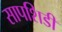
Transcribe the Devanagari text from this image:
सापशिडी